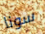
سونا